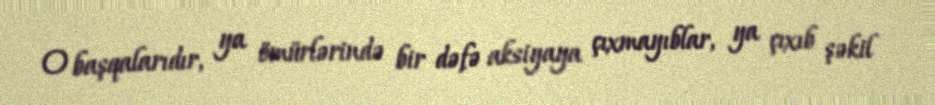
O başqalarıdır, ya ömürlərində bir dəfə aksiyaya çıxmayıblar, ya çıxıb şəkil